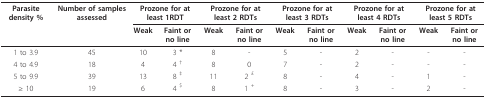
<table><thead><tr><td><b>Parasite density %</b></td><td><b>Number of samples assessed</b></td><td colspan="2"><b>Prozone for at least 1RDT</b></td><td colspan="2"><b>Prozone for at least 2 RDTs</b></td><td colspan="2"><b>Prozone for at least 3 RDTs</b></td><td colspan="2"><b>Prozone for at least 4 RDTs</b></td><td colspan="2"><b>Prozone for at least 5 RDTs</b></td></tr><tr><td></td><td></td><td><b>Weak</b></td><td><b>Faint or no line </b></td><td><b>Weak </b></td><td><b>Faint or no line </b></td><td><b>Weak </b></td><td><b>Faint or no line </b></td><td><b>Weak </b></td><td><b>Faint or no line </b></td><td><b>Weak </b></td><td><b>Faint or no line </b></td></tr></thead><tbody><tr><td>1 to 3.9</td><td>45</td><td>10</td><td>3 *</td><td>8</td><td>-</td><td>5</td><td>-</td><td>2</td><td>-</td><td>-</td><td>-</td></tr><tr><td>4 to 4.9</td><td>18</td><td>4</td><td>4 <sup>†</sup></td><td>8</td><td>0</td><td>7</td><td>-</td><td>2</td><td>-</td><td>-</td><td>-</td></tr><tr><td>5 to 9.9</td><td>39</td><td>13</td><td>8 <sup>‡</sup></td><td>11</td><td>2 <sup>£</sup></td><td>8</td><td>-</td><td>4</td><td>-</td><td>1</td><td>-</td></tr><tr><td>≥ 10</td><td>19</td><td>6</td><td>4 <sup>$ </sup></td><td>8</td><td>1 <sup>+</sup></td><td>8</td><td>-</td><td>3</td><td>-</td><td>2</td><td>-</td></tr></tbody></table>